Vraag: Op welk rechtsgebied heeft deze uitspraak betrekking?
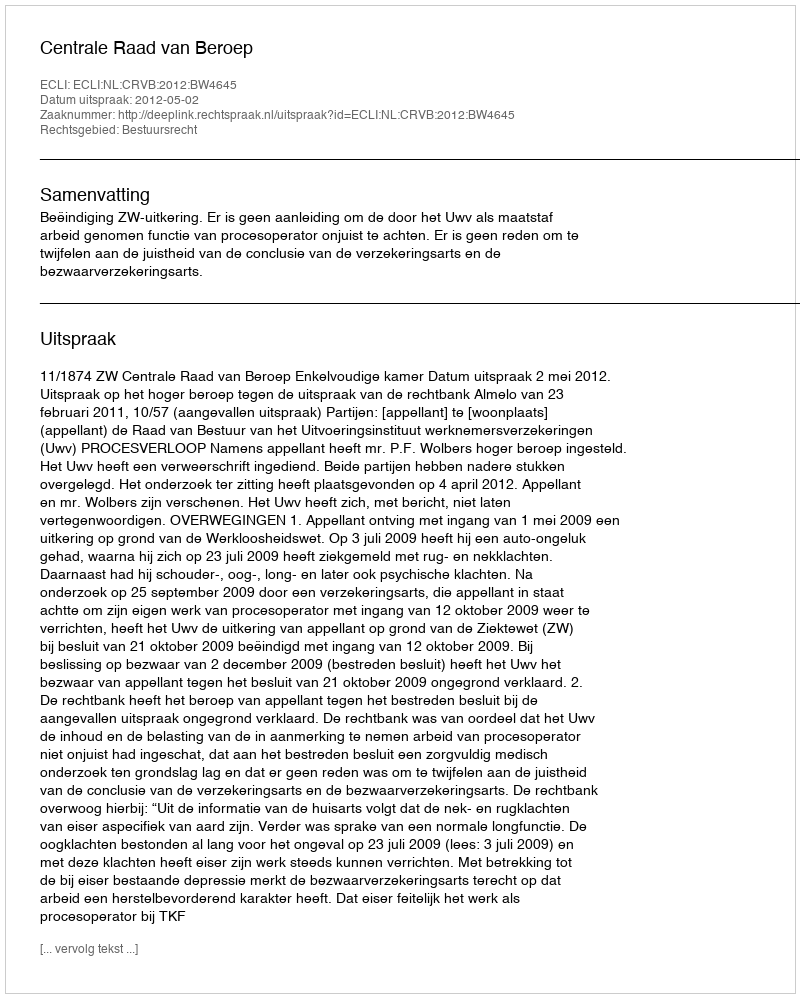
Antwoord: Bestuursrecht